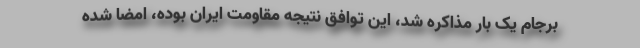
برجام یک بار مذاکره شد، این توافق نتیجه مقاومت ایران بوده، امضا شده